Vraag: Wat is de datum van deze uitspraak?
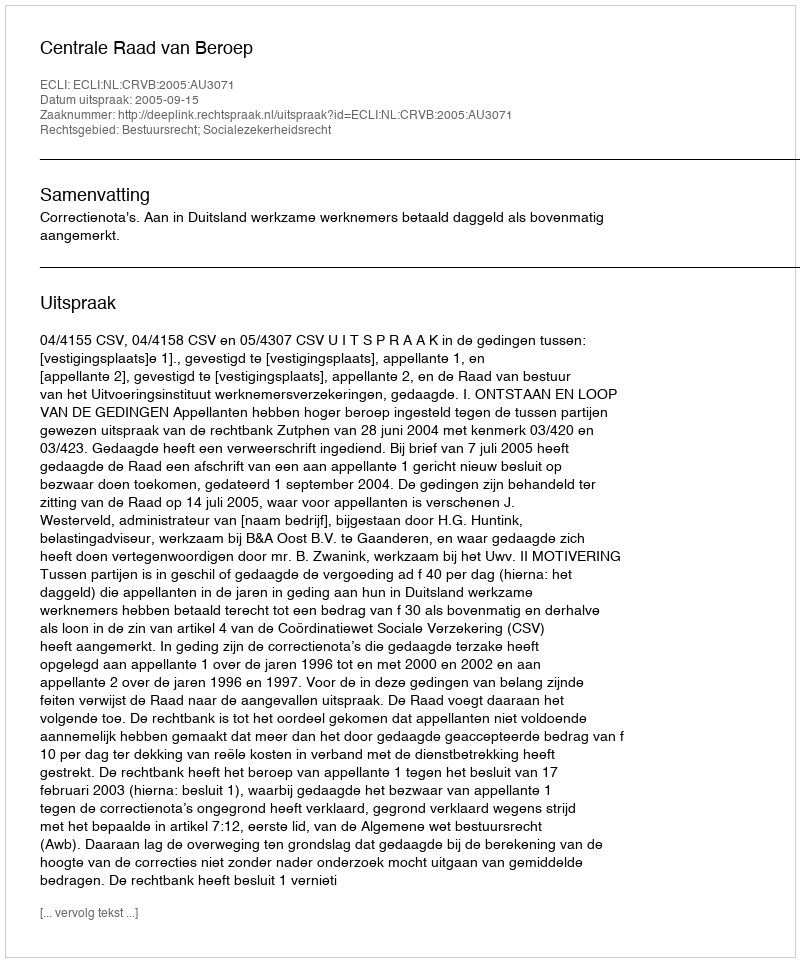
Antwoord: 2005-09-15